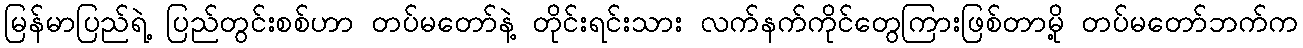
မြန်မာပြည်ရဲ့ ပြည်တွင်းစစ်ဟာ တပ်မတော်နဲ့ တိုင်းရင်းသား လက်နက်ကိုင်တွေကြားဖြစ်တာမို့ တပ်မတော်ဘက်က